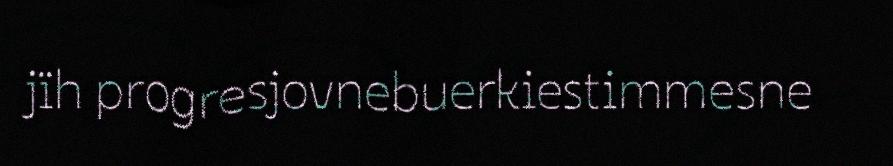
jïh progresjovnebuerkiestimmesne